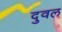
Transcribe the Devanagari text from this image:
दुवल